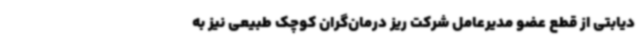
دیابتی از قطع عضو مدیرعامل شرکت ریز درمان‌گران کوچک طبیعی نیز به